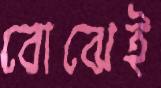
বোঝেই